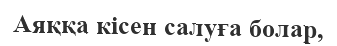
Аяққа кісен салуға болар,